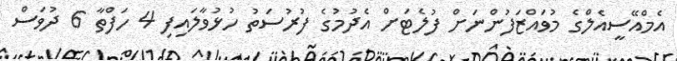
އެމްއޭސީއެލްގެ މުވައްޒަފުންނަށް ފުލެޓަށް އެދުމުގެ ފުރުސަތު ހުޅުވާލައިފި 4 ހަފްތާ 6 ދުވަސް